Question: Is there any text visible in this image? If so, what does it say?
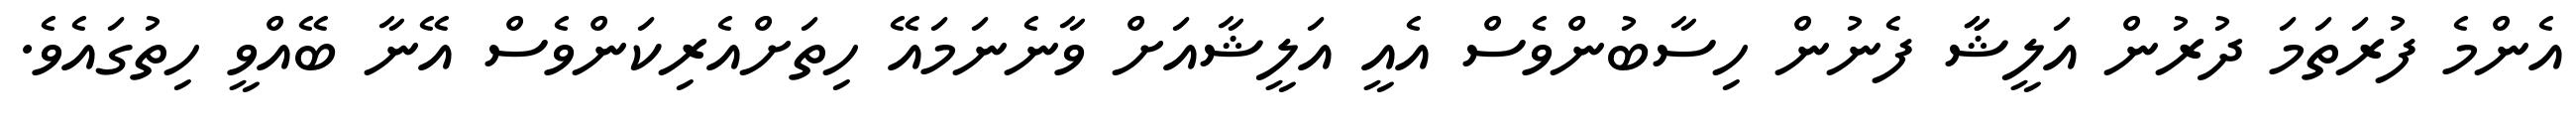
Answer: އެންމެ ފުރަތަމަ ދުރުން އަލީޝާާ ފެނުން ހިސާބުންވެސް އެއީ އަލީޝާއަށް ވާނެނަމައޭ ހިތަށްއެރިކަންވެސް އޭނާ ބޭއްވީ ހިތުގައެވެ.